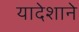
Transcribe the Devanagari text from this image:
यादेशाने